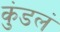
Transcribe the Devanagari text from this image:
कुंडलं